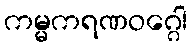
ကမ္မကရဏဝဂ္ဂေါ